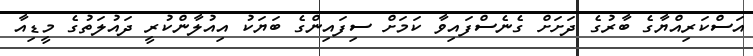
އަސްކަރިއްޔާގެ ބާރުގެ ދަށަށް ގެނެސްފައިވާ ކަމަށް ސިފައިންގެ ބަޔަކު އިއުލާންކުރީ ދައުލަތުގެ މީޑިއާ